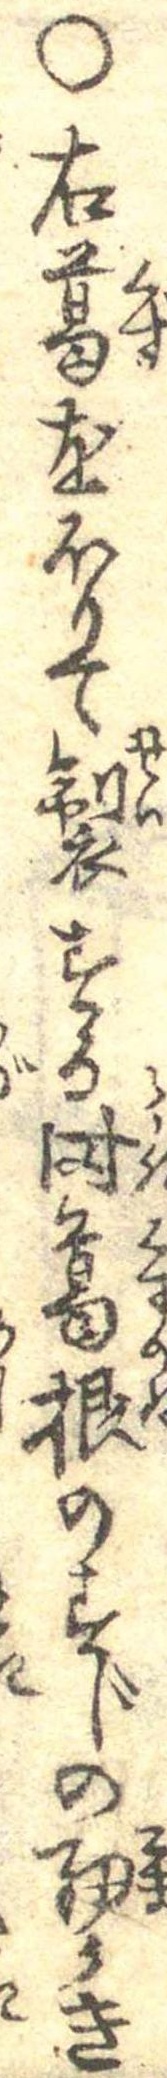
○右葛をほりて製する時葛根のすじの細かき